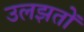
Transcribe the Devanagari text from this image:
उलझतों